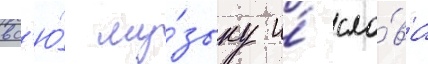
вс'ю́ му́зыку и́ сло́ва